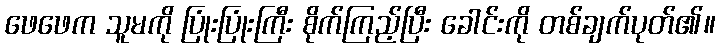
ဖေဖေက သူမကို ပြုံးပြုံးကြီး စိုက်ကြည့်ပြီး ခေါင်းကို တစ်ချက်ပုတ်၏။